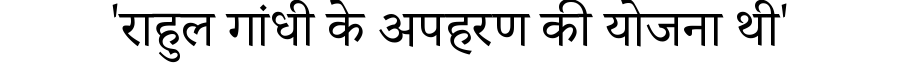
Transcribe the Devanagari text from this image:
'राहुल गांधी के अपहरण की योजना थी'